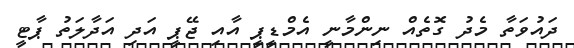
ދައުވަތާ މެދު ގޮތެއް ނިންމާނީ އެމްޑީޕީ އާއި ޖޭޕީ އަދި އަދާލަތު ޕާޓީ